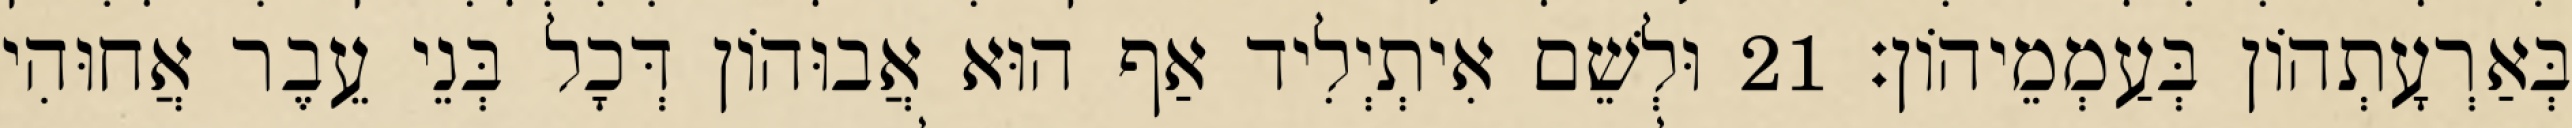
בְּאַרְעָתְהוֹן בְּעַמְמֵיהוֹן׃ 21 וּלְשֵׁם אִיתְיְלִיד אַף הוּא אֲבוּהוֹן דְּכָל בְּנֵי עֵבֶר אֲחוּהִי